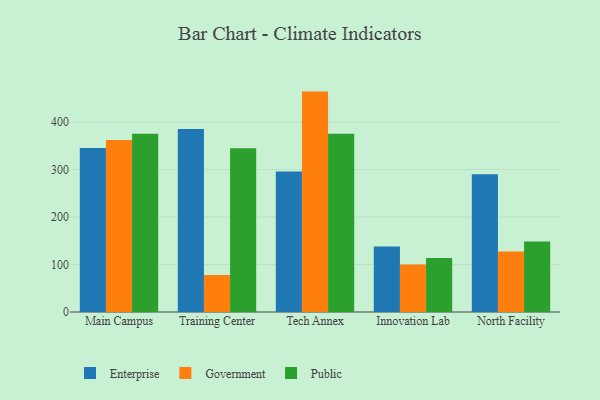
{"axis": {"x": "Campus", "y": "Production Output"}, "legend": ["Enterprise", "Government", "Public"], "data": [{"x": "Main Campus", "y": 345.4, "type": "Enterprise"}, {"x": "Main Campus", "y": 362.1, "type": "Government"}, {"x": "Main Campus", "y": 375.4, "type": "Public"}, {"x": "Training Center", "y": 385.4, "type": "Enterprise"}, {"x": "Training Center", "y": 77.7, "type": "Government"}, {"x": "Training Center", "y": 344.6, "type": "Public"}, {"x": "Tech Annex", "y": 296.1, "type": "Enterprise"}, {"x": "Tech Annex", "y": 464.1, "type": "Government"}, {"x": "Tech Annex", "y": 375.1, "type": "Public"}, {"x": "Innovation Lab", "y": 137.8, "type": "Enterprise"}, {"x": "Innovation Lab", "y": 100.2, "type": "Government"}, {"x": "Innovation Lab", "y": 113.7, "type": "Public"}, {"x": "North Facility", "y": 290.3, "type": "Enterprise"}, {"x": "North Facility", "y": 127.6, "type": "Government"}, {"x": "North Facility", "y": 148.3, "type": "Public"}]}